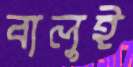
বালুই